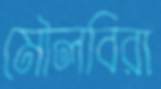
মৌলবিরা